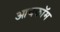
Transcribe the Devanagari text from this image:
आयकॉम